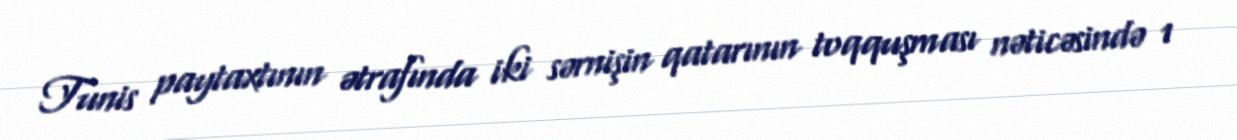
Tunis paytaxtının ətrafında iki sərnişin qatarının toqquşması nəticəsində 1